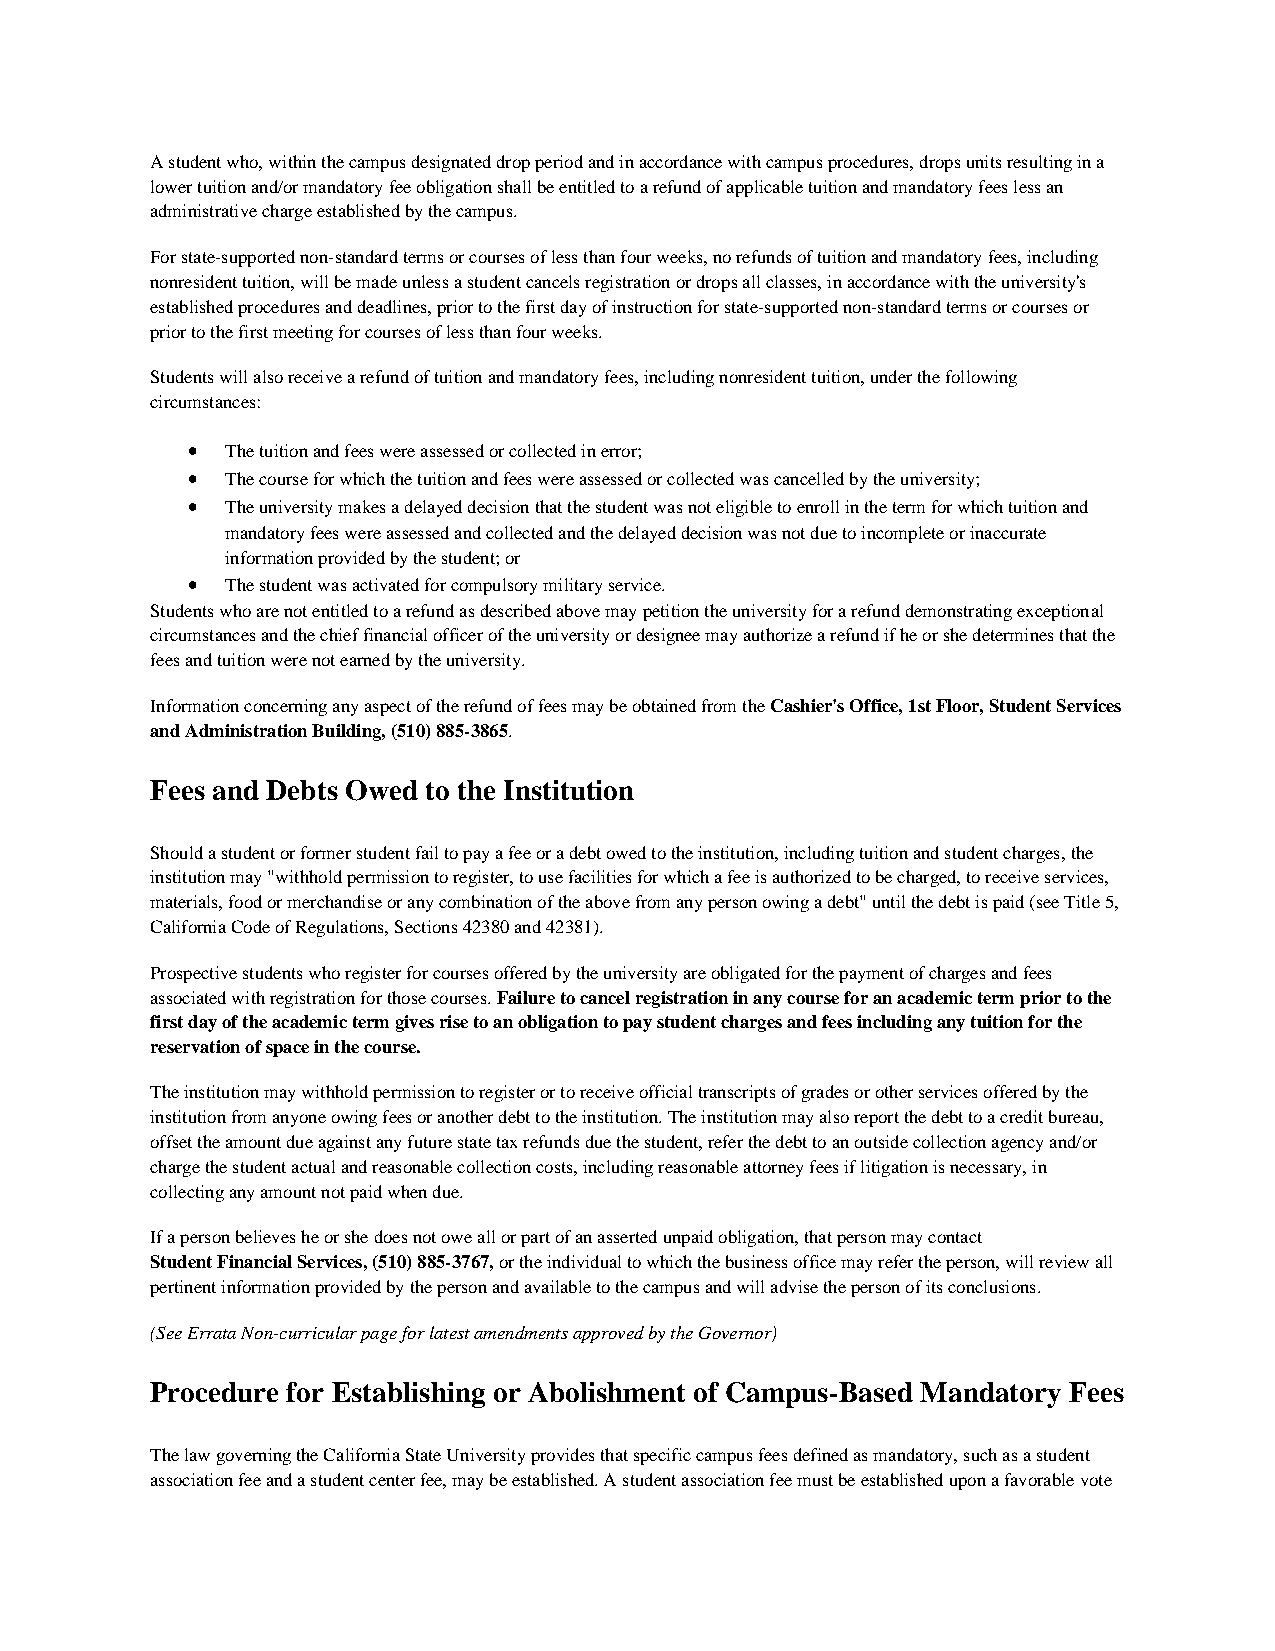
A student who, within the campus designated drop period and in accordance with campus procedures, drops units resulting in a
 lower tuition and/or mandatory fee obligation shall be entitled to a refund of applicable tuition and mandatory fees less an
 administrative charge established by the campus.
 For state-supported non-standard terms or courses of less than four weeks, no refunds of tuition and mandatory fees, including
 nonresident tuition, will be made unless a student cancels registration or drops all classes, in accordance with the university's
 established procedures and deadlines, prior to the first day of instruction for state-supported non-standard terms or courses or
 prior to the first meeting for courses of less than four weeks.
 Students will also receive a refund of tuition and mandatory fees, including nonresident tuition, under the following
 circumstances:
 •  The tuition and fees were assessed or collected in error;
 •  The course for which the tuition and fees were assessed or collected was cancelled by the university;
 •  The university makes a delayed decision that the student was not eligible to enroll in the term for which tuition and
 mandatory fees were assessed and collected and the delayed decision was not due to incomplete or inaccurate
 information provided by the student; or
 •  The student was activated for compulsory military service.
 Students who are not entitled to a refund as described above may petition the university for a refund demonstrating exceptional
 circumstances and the chief financial officer of the university or designee may authorize a refund if he or she determines that the
 fees and tuition were not earned by the university.
 Information concerning any aspect of the refund of fees may be obtained from the Cashier's Office, 1st Floor, Student Services
 and Administration Building, (510) 885-3865.
 Fees and Debts Owed to the Institution
 Should a student or former student fail to pay a fee or a debt owed to the institution, including tuition and student charges, the
 institution may "withhold permission to register, to use facilities for which a fee is authorized to be charged, to receive services,
 materials, food or merchandise or any combination of the above from any person owing a debt" until the debt is paid (see Title 5,
 California Code of Regulations, Sections 42380 and 42381).
 Prospective students who register for courses offered by the university are obligated for the payment of charges and fees
 associated with registration for those courses. Failure to cancel registration in any course for an academic term prior to the
 first day of the academic term gives rise to an obligation to pay student charges and fees including any tuition for the
 reservation of space in the course.
 The institution may withhold permission to register or to receive official transcripts of grades or other services offered by the
 institution from anyone owing fees or another debt to the institution. The institution may also report the debt to a credit bureau,
 offset the amount due against any future state tax refunds due the student, refer the debt to an outside collection agency and/or
 charge the student actual and reasonable collection costs, including reasonable attorney fees if litigation is necessary, in
 collecting any amount not paid when due.
 If a person believes he or she does not owe all or part of an asserted unpaid obligation, that person may contact
 Student Financial Services, (510) 885-3767, or the individual to which the business office may refer the person, will review all
 pertinent information provided by the person and available to the campus and will advise the person of its conclusions.
 (See Errata Non-curricular page for latest amendments approved by the Governor)
 Procedure for Establishing or Abolishment of Campus-Based Mandatory Fees
 The law governing the California State University provides that specific campus fees defined as mandatory, such as a student
 association fee and a student center fee, may be established. A student association fee must be established upon a favorable vote